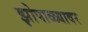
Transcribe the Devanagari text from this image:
झोपाळ्यावर